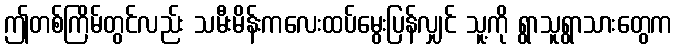
ဤတစ်ကြိမ်တွင်လည်း သမီးမိန်းကလေးထပ်မွေးပြန်လျှင် သူ့ကို ရွာသူရွာသားတွေက